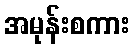
အမုန်းစကား